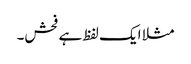
مثلا ایک لفظ ہے فحش۔